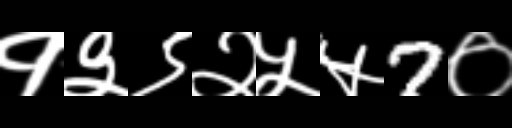
Text: १३९२५५7०